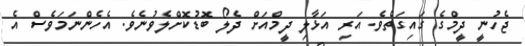
ޖެހުނީ ދީމްގެ ގައިގަތެވެ. އަރި އަޅާލި ދީމްއަށް ދެލޯ ބޮޑުކޮށްލެވުނެވެ. އެހެންނަމަވެސް އެ